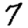
Digit: 7